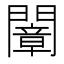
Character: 𨶤